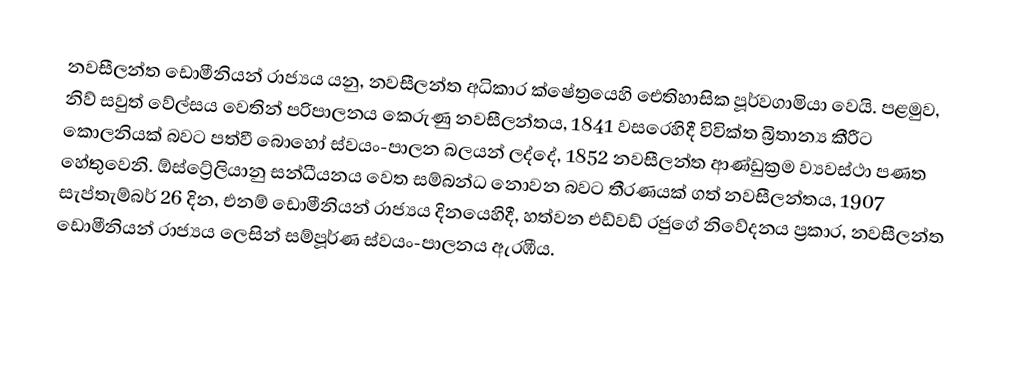
නවසීලන්ත ඩොමීනියන් රාජ්‍යය යනු, නවසීලන්ත අධිකාර ක්ෂේත්‍රයෙහි ඓතිහාසික පූර්වගාමියා වෙයි. පළමුව, නිව් සවුත් වේල්සය වෙතින් පරිපාලනය කෙරුණු නවසීලන්තය, 1841 වසරෙහිදී විවික්ත බ්‍රිතාන්‍ය කීරීට  කොලනියක් බවට පත්වී  බොහෝ  ස්වයං-පාලන බලයන් ලද්දේ,  1852 නවසීලන්ත ආණ්ඩුක්‍රම ව්‍යවස්ථා පණත  හේතුවෙනි. ඕස්ට්‍රේලියානු සන්ධීයනය වෙත සම්බන්ධ නොවන බවට තීරණයක් ගත් නවසීලන්තය, 1907 සැප්තැම්බර් 26 දින, එනම් ඩොමීනියන් රාජ්‍යය දිනයෙහිදී, හත්වන එඩ්වඩ් රජුගේ නිවේදනය ප්‍රකාර, නවසීලන්ත ඩොමීනියන් රාජ්‍යය ලෙසින් සම්පූර්ණ ස්වයං-පාලනය ඇරඹීය.